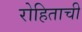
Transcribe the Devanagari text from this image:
रोहिताची